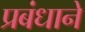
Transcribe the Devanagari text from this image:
प्रबंधाने